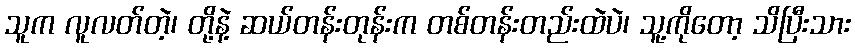
သူက လူလတ်တဲ့၊ တို့နဲ့ ဆယ်တန်းတုန်းက တစ်တန်းတည်းထဲပဲ၊ သူ့ကိုတော့ သိပြီးသား